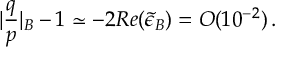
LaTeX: | \frac { q } { p } | _ { B } - 1 \simeq - 2 R e ( \tilde { \epsilon } _ { B } ) = O ( 1 0 ^ { - 2 } ) \, .